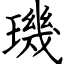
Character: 璣